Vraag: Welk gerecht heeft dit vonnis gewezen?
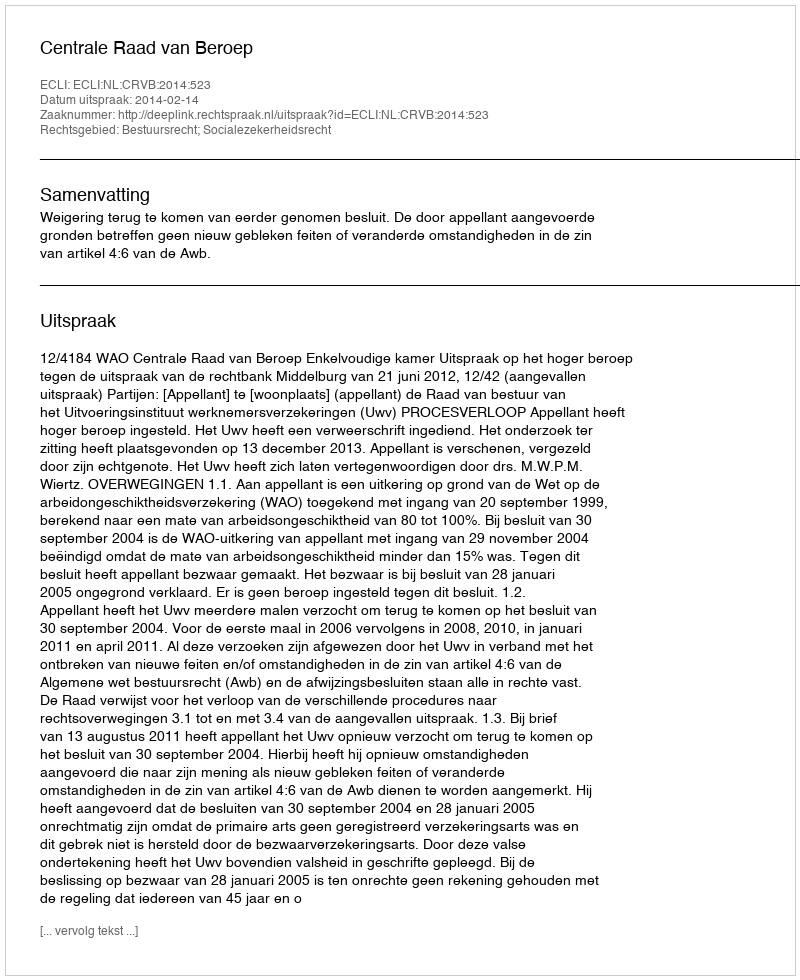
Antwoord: Centrale Raad van Beroep